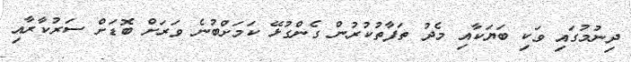
ދިނުމުގައި ވަކި ބަޔަކާއި މެދު ތަފާތުކުރުން ގެންގުޅޭ ކަމަށްބުނެ ވަރަށް ބޮޑަށް ސަރުކާރާއި